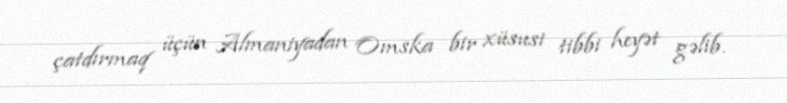
çatdırmaq üçün Almaniyadan Omska bir xüsusi tibbi heyət gəlib.